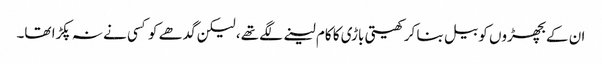
ان کے بچھڑوں کو بیل بنا کر کھیتی باڑی کا کام لینے لگے تھے، لیکن گدھے کو کسی نے نہ پکڑا تھا۔